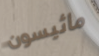
ماثيسون